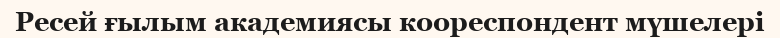
Ресей ғылым академиясы коореспондент мүшелері